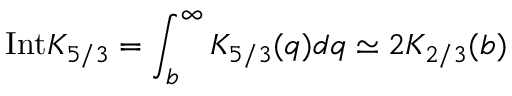
\mathrm { I n t } K _ { 5 / 3 } = \int _ { b } ^ { \infty } K _ { 5 / 3 } ( q ) d q \simeq 2 K _ { 2 / 3 } ( b )